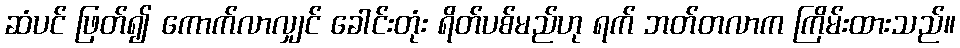
ဆံပင် ဖြတ်၍ ကောက်လာလျှင် ခေါင်းတုံး ရိတ်ပစ်မည်ဟု ရက် ဘတ်တလာက ကြိမ်းထားသည်။